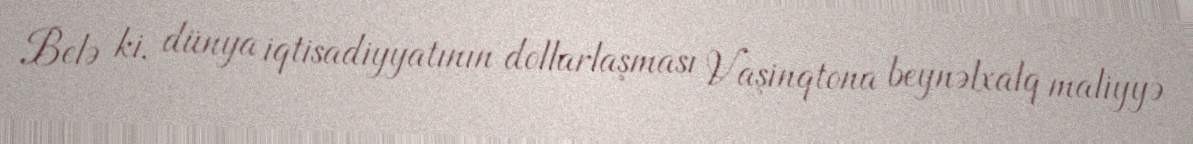
Belə ki, dünya iqtisadiyyatının dollarlaşması Vaşinqtona beynəlxalq maliyyə